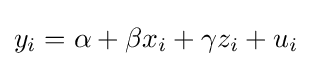
y_{i}=\alpha +\beta x_{i}+\gamma z_{i}+u_{i}